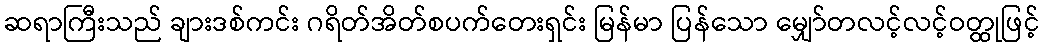
ဆရာကြီးသည် ချားဒစ်ကင်း ဂရိတ်အိတ်စပက်တေးရှင်း မြန်မာ ပြန်သော မျှော်တလင့်လင့်ဝတ္ထုဖြင့်